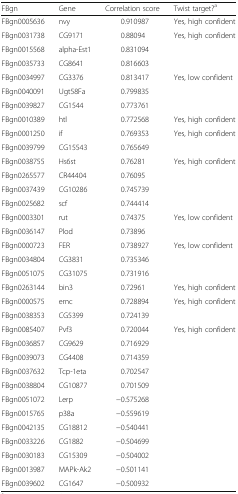
<table><thead><tr><td><b>FBgn</b></td><td><b>Gene</b></td><td><b>Correlation score</b></td><td><b>Twist target?<sup>a</sup></b></td></tr></thead><tbody><tr><td>FBgn0005636</td><td>nvy</td><td>0.910987</td><td>Yes, high confident</td></tr><tr><td>FBgn0031738</td><td>CG9171</td><td>0.88094</td><td>Yes, high confident</td></tr><tr><td>FBgn0015568</td><td>alpha-Est1</td><td>0.831094</td><td></td></tr><tr><td>FBgn0035733</td><td>CG8641</td><td>0.816603</td><td></td></tr><tr><td>FBgn0034997</td><td>CG3376</td><td>0.813417</td><td>Yes, low confident</td></tr><tr><td>FBgn0040091</td><td>Ugt58Fa</td><td>0.799835</td><td></td></tr><tr><td>FBgn0039827</td><td>CG1544</td><td>0.773761</td><td></td></tr><tr><td>FBgn0010389</td><td>htl</td><td>0.772568</td><td>Yes, high confident</td></tr><tr><td>FBgn0001250</td><td>if</td><td>0.769353</td><td>Yes, high confident</td></tr><tr><td>FBgn0039799</td><td>CG15543</td><td>0.765649</td><td></td></tr><tr><td>FBgn0038755</td><td>Hs6st</td><td>0.76281</td><td>Yes, high confident</td></tr><tr><td>FBgn0265577</td><td>CR44404</td><td>0.76095</td><td></td></tr><tr><td>FBgn0037439</td><td>CG10286</td><td>0.745739</td><td></td></tr><tr><td>FBgn0025682</td><td>scf</td><td>0.744414</td><td></td></tr><tr><td>FBgn0003301</td><td>rut</td><td>0.74375</td><td>Yes, low confident</td></tr><tr><td>FBgn0036147</td><td>Plod</td><td>0.73896</td><td></td></tr><tr><td>FBgn0000723</td><td>FER</td><td>0.738927</td><td>Yes, low confident</td></tr><tr><td>FBgn0034804</td><td>CG3831</td><td>0.735346</td><td></td></tr><tr><td>FBgn0051075</td><td>CG31075</td><td>0.731916</td><td></td></tr><tr><td>FBgn0263144</td><td>bin3</td><td>0.72961</td><td>Yes, high confident</td></tr><tr><td>FBgn0000575</td><td>emc</td><td>0.728894</td><td>Yes, high confident</td></tr><tr><td>FBgn0038353</td><td>CG5399</td><td>0.724139</td><td></td></tr><tr><td>FBgn0085407</td><td>Pvf3</td><td>0.720044</td><td>Yes, high confident</td></tr><tr><td>FBgn0036857</td><td>CG9629</td><td>0.716929</td><td></td></tr><tr><td>FBgn0039073</td><td>CG4408</td><td>0.714359</td><td></td></tr><tr><td>FBgn0037632</td><td>Tcp-1eta</td><td>0.702547</td><td></td></tr><tr><td>FBgn0038804</td><td>CG10877</td><td>0.701509</td><td></td></tr><tr><td>FBgn0051072</td><td>Lerp</td><td>−0.575268</td><td></td></tr><tr><td>FBgn0015765</td><td>p38a</td><td>−0.559619</td><td></td></tr><tr><td>FBgn0042135</td><td>CG18812</td><td>−0.540441</td><td></td></tr><tr><td>FBgn0033226</td><td>CG1882</td><td>−0.504699</td><td></td></tr><tr><td>FBgn0030183</td><td>CG15309</td><td>−0.504002</td><td></td></tr><tr><td>FBgn0013987</td><td>MAPk-Ak2</td><td>−0.501141</td><td></td></tr><tr><td>FBgn0039602</td><td>CG1647</td><td>−0.500932</td><td></td></tr></tbody></table>